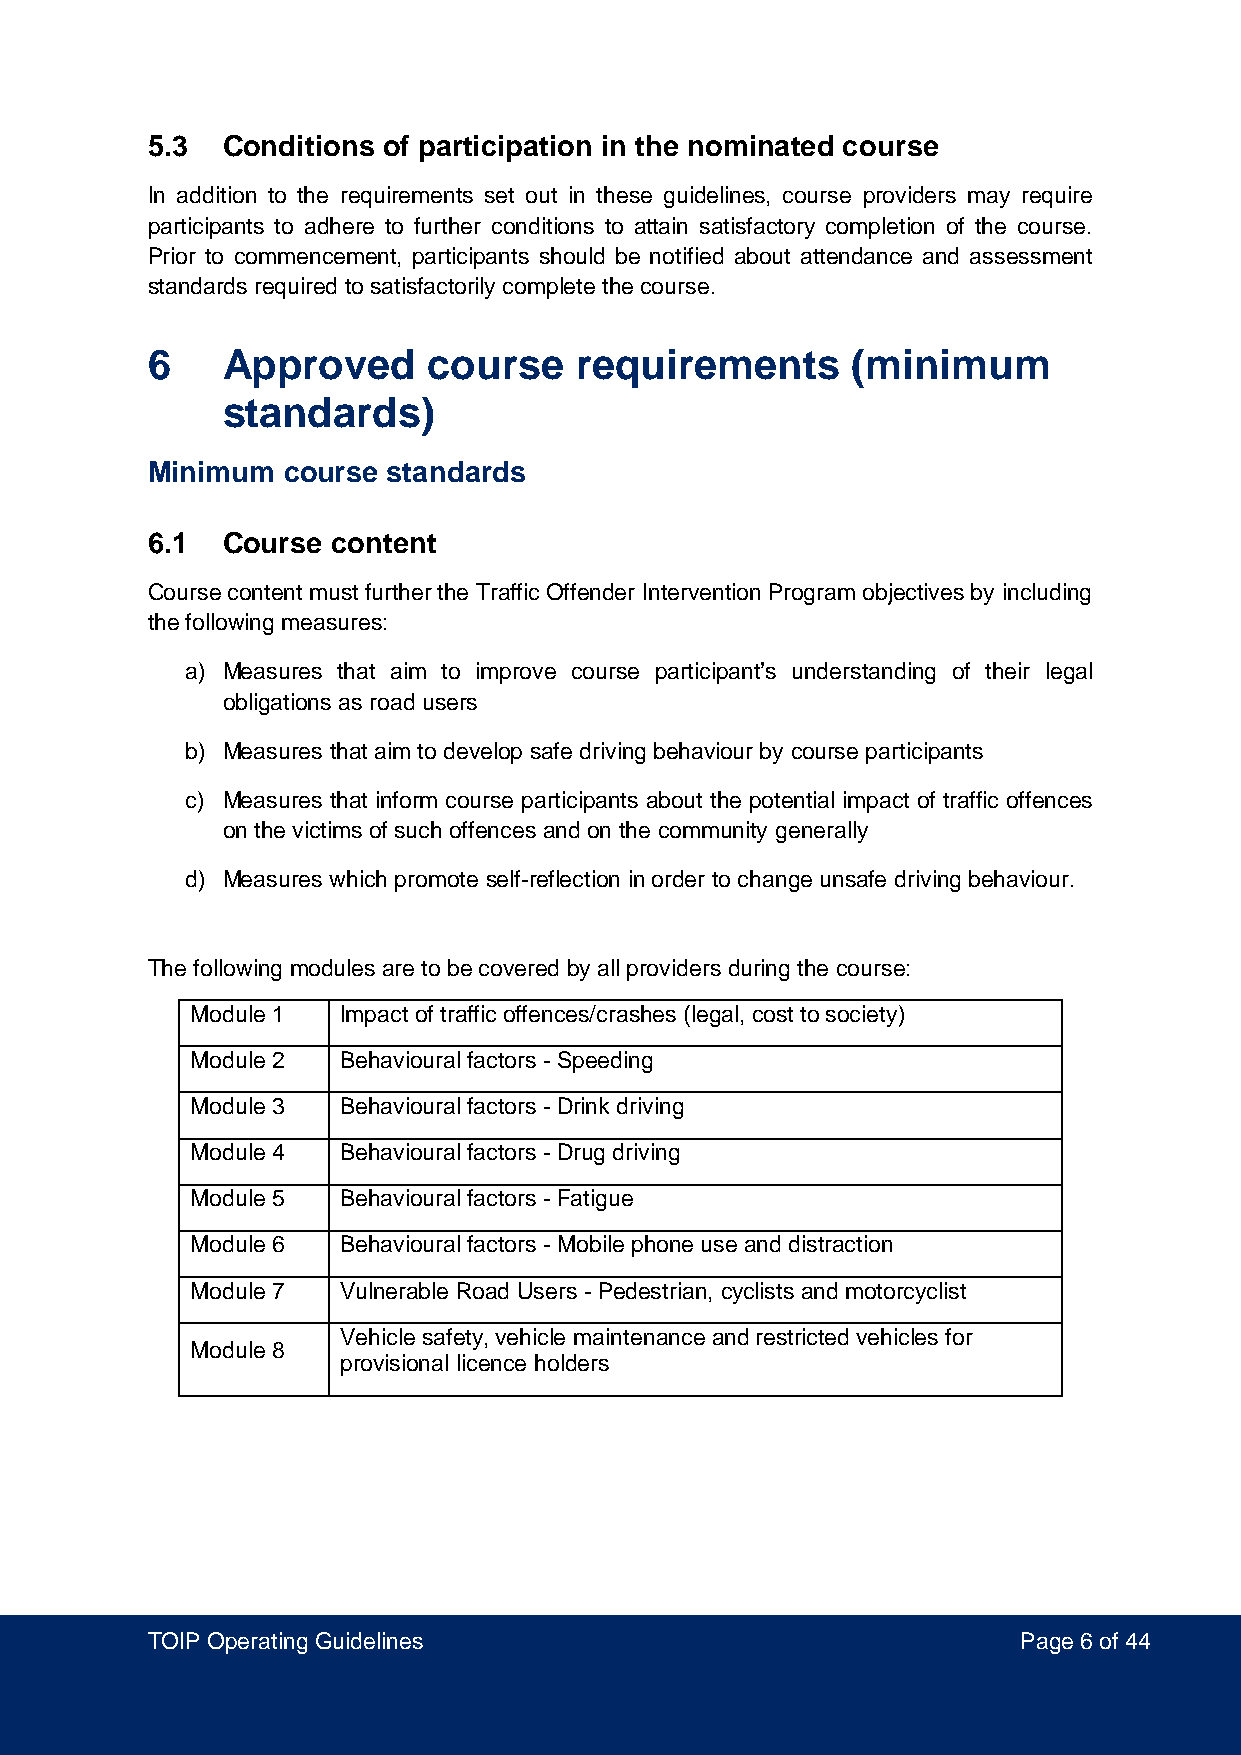
5.3  Conditions of participation in the nominated course
 In addition to the requirements set out in these guidelines, course providers may require
 participants to adhere to further conditions to attain satisfactory completion of the course.
 Prior to commencement, participants should be notified about attendance and assessment
 standards required to satisfactorily complete the course.
 6    Approved     course    requirements      (minimum
 standards)
 Minimum  course standards
 6.1  Course content
 Course content must further the Traffic Offender Intervention Program objectives by including
 the following measures:
 a) Measures that aim to improve course participant’s understanding of their legal
 obligations as road users
 b) Measures that aim to develop safe driving behaviour by course participants
 c) Measures that inform course participants about the potential impact of traffic offences
 on the victims of such offences and on the community generally
 d) Measures which promote self-reflection in order to change unsafe driving behaviour.
 The following modules are to be covered by all providers during the course:
 Module 1  Impact of traffic offences/crashes (legal, cost to society)
 Module 2  Behavioural factors - Speeding
 Module 3  Behavioural factors - Drink driving
 Module 4  Behavioural factors - Drug driving
 Module 5  Behavioural factors - Fatigue
 Module 6  Behavioural factors - Mobile phone use and distraction
 Module 7  Vulnerable Road Users - Pedestrian, cyclists and motorcyclist
 Vehicle safety, vehicle maintenance and restricted vehicles for
 Module 8
 provisional licence holders
 TOIP Operating Guidelines                                Page 6 of 44